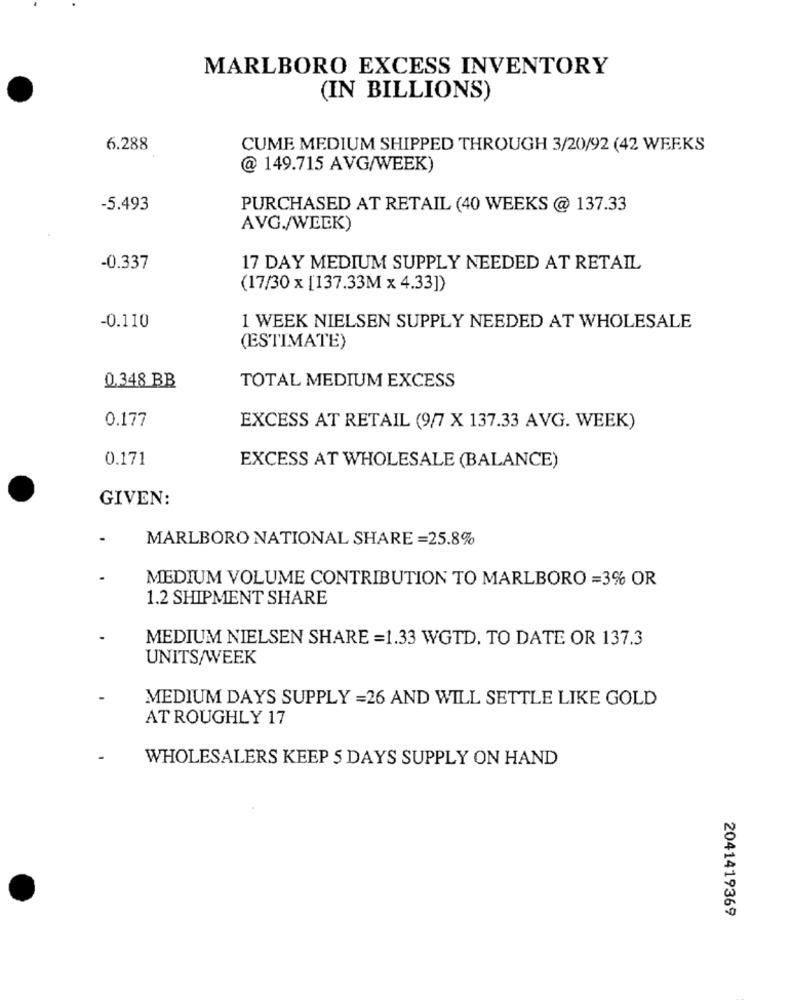
MARLBORO EXCESS INVENTORY
(IN BILLIONS)
6.288
CUME MEDIUM SHIPPED THROUGH 3/20/92 (42 WEEKS
@ 149.715 AVG/WEEK)
-5.493
PURCHASED AT RETAIL (40 WEEKS @ 137.33
AVG./WEEK)
-0.337
17 DAY MEDIUM SUPPLY NEEDED AT RETAIL
(17/30 x [137.33M x 4.33])
-0.110
1 WEEK NIELSEN SUPPLY NEEDED AT WHOLESALE
(ESTIMATE)
0.348 BB
TOTAL MEDIUM EXCESS
0.177
EXCESS AT RETAIL (9/7 X 137.33 AVG. WEEK)
0.171
EXCESS AT WHOLESALE (BALANCE)
GIVEN:
MARLBORO NATIONAL SHARE =25.8%
MEDIUM VOLUME CONTRIBUTION TO MARLBORO =3% OR
1.2 SHIPMENT SHARE
MEDIUM NIELSEN SHARE =1.33 WGTD. TO DATE OR 137.3
UNITS/WEEK
MEDIUM DAYS SUPPLY =26 AND WILL SETTLE LIKE GOLD
AT ROUGHLY 17
WHOLESALERS KEEP 5 DAYS SUPPLY ON HAND
2041419369